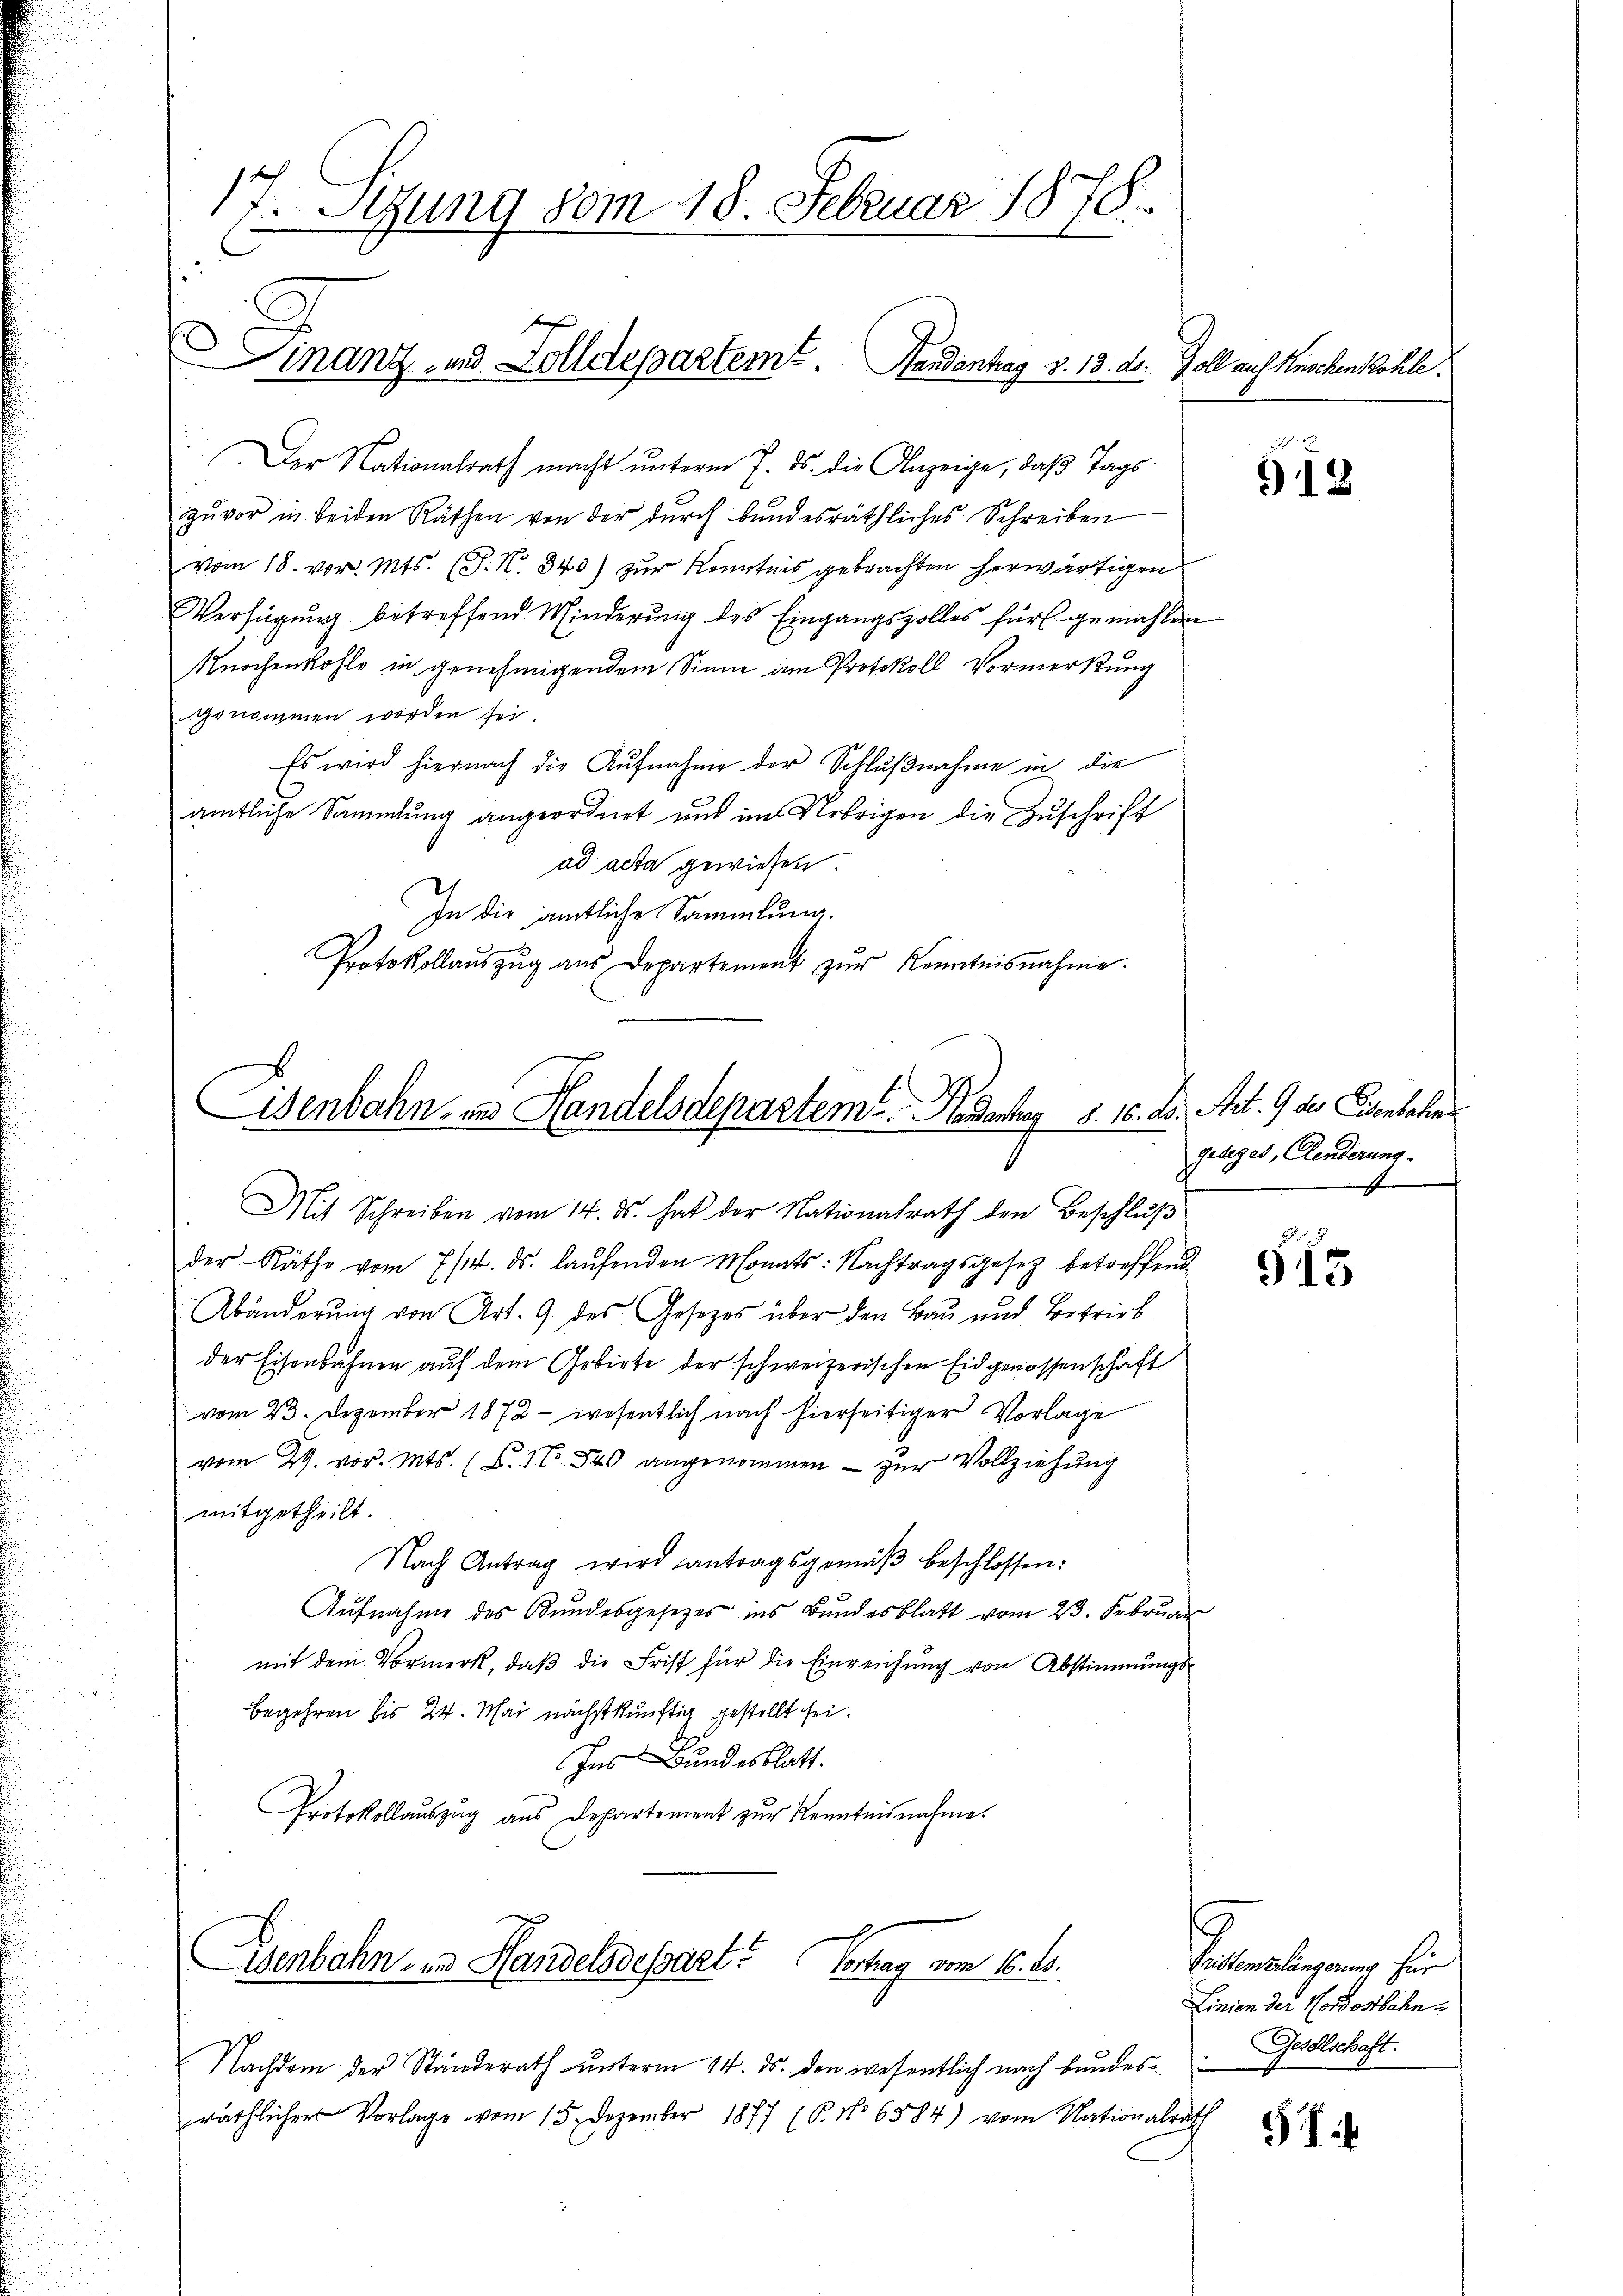
Der Nationalrath macht unterm 7. ds. die Anzeige, daß Tagszŭvor in beiden Räthen von der dŭrch bundesräthliches Schreiben
vom 18. vor. Mts. (T. N. 343) zur Kenntnis gebrachten herwärtigen
Verfügung betreffend Minderung des Eingangszolles für gemachten
Knochenkohle in genehmigendem Sinne am Protokoll Vormerkung
genommen worden sei.
Es wird hiernach die Aufnahme der Schlußnahme in die
amtliche Sammlung angeordnet und im Uebrigen die Zuschrift
ad acta gewiesen.
In die amtliche Sammlung.
Protokollaŭszŭg aŭs Departement zŭr Kenntnisnahme.

17. Stzung vom 18. Februar 1878.

f
s
Finanz- und Zolldepartem. Handantrag v. 13. ds. Zoll auf Knochenkohle

Eisenbahn in Handelsdepartem Handantag 8. 16.
Mit Schreiben vom 14. ds. hat der Nationalrath den Beschluß

Eisenbahn in Handels dessart. Vortrag vom 16. ds.

der Räthe vom 7/4. ds. laŭfenden Monats: Nachtragsgesetz betreffend
Abänderŭng von Art. 9 des Gesetzes über den Bau und Betrieb
der Eisenbahnen auf dem Gebirte der schweizerischen Eidgenossenschaft
vom 23. Dezember 1872 - wesentlich nach hierseitiger Vorlage
vom 29. vor. Mts. (C. No. 540 angenommen – zur Vollziehung
mitgetheilt.
Nach Antrag wird antragsgemäβ beschlossen:
Aufnahme des Bundesgesetzes ins Bundesblatt vom 23. Februar
mit dem Vormerk, daß die Frist für die Einreichung von Abstimmungsbegehren bis 24. Mai nächstkünftig gestellt sei.
Ins Bundesblatt.
Protokollaŭszŭg aŭs Departement zŭr Kenntnisnahme.

Nachdem der Standerath unterm 14. ds. den wesentlich nach Bundesräthlicher Vorlage vom 15. Dezember 1877 (6. No 6884) vom Nationalrath

912

B. Art. 9 des Eisenbahn
geleget, Elenderung.

915

Pristenslängerung für
Linien der Nordostbahn.
Gesellschaft.

574